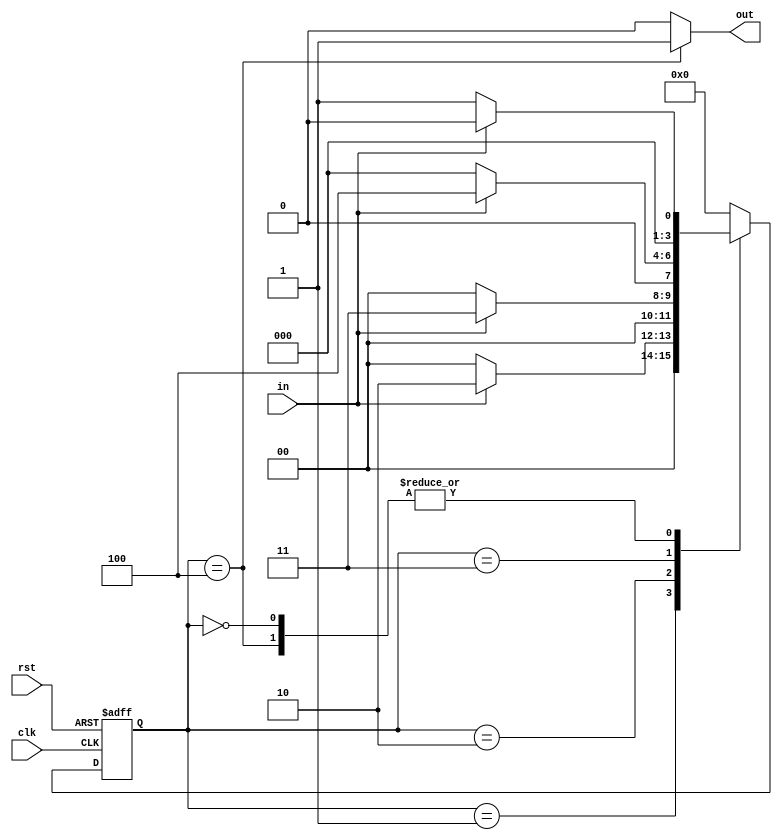
module seqdet(in,clk,rst,out);
input in,clk,rst;
output reg out;
reg [3:0]state,next_state;
parameter S0=4'b0000,S1=4'b0001,S2=4'b0010,S3=4'b0011,S4=4'b0100;
always @(posedge clk or posedge rst)
begin
if (rst)
state<=S0;
else
state<=next_state;
end 

//detects 0111 sequence

always @(*)
begin
case(state)
S0: begin if (in==1'b0) next_state=S1;
    else next_state=S0;
    out<=1'b0; end
S1: begin if (in==1'b1) next_state<=S2;
    else next_state<=S0;
    out<=1'b0; end
S2: begin if (in==1'b1) next_state<=S3;
    else next_state<=S0;
    out<=1'b0; end
S3: begin if (in==1'b1) next_state<=S4;
    else next_state<=S0;
    out<=1'b0; end
S4: begin if (in==1'b1) next_state<=S0;
    else next_state<=S1;
    out<=1'b1; end
default: begin next_state<=S0;
         out<=1'b0; end 
endcase               
end      
endmodule